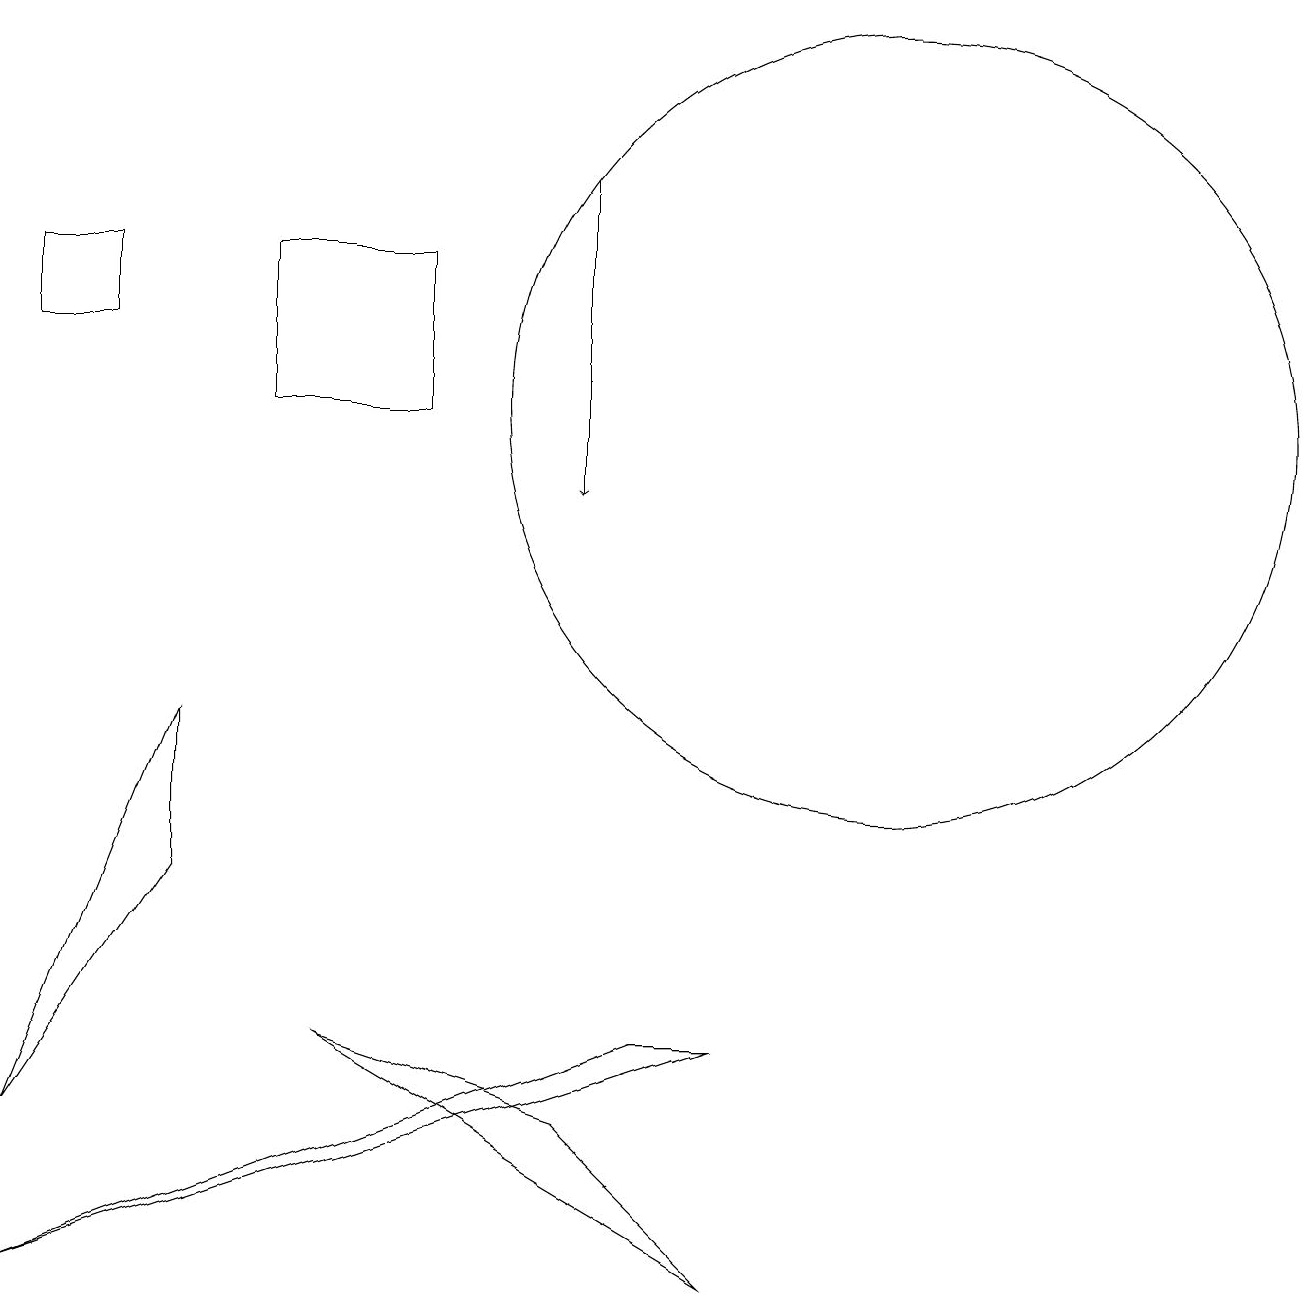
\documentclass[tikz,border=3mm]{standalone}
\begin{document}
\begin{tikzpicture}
\draw (5,13) rectangle (3,11);
\draw (0,2) -- (2,5) -- (2,7) -- cycle;
\draw (1,13) rectangle (0,12);
\draw (7,2) -- (9,0) -- (4,3) -- cycle;
\draw (9,3) -- (8,3) -- (0,0) -- cycle;
\draw[->] (7,14) -- (7,10);
\draw (11,11) circle (5);
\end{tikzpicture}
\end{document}